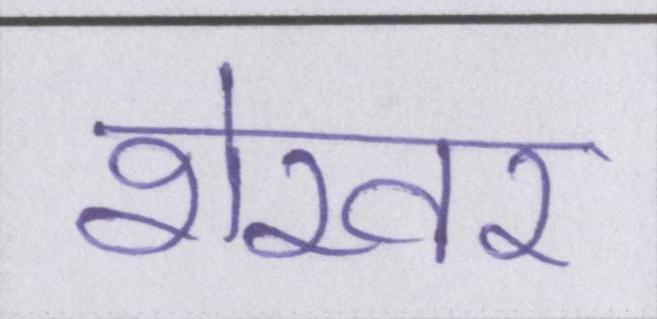
शेखर